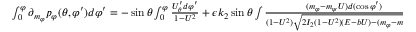
\begin{array} { r } { \int _ { 0 } ^ { \varphi } \partial _ { m _ { \varphi } } p _ { \varphi } ( \theta , \varphi ^ { \prime } ) d \varphi ^ { \prime } = - \sin \theta \int _ { 0 } ^ { \varphi } \frac { U _ { \theta } ^ { \prime } d \varphi ^ { \prime } } { 1 - U ^ { 2 } } + \epsilon k _ { 2 } \sin \theta \int \frac { ( m _ { \varphi } - m _ { \psi } U ) d ( \cos \varphi ^ { \prime } ) } { ( 1 - U ^ { 2 } ) \sqrt { 2 I _ { 2 } ( 1 - U ^ { 2 } ) ( E - b U ) - ( m _ { \varphi } - m _ { \psi } U ) ^ { 2 } } } . } \end{array}